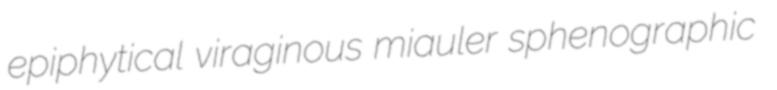
epiphytical viraginous miauler sphenographic